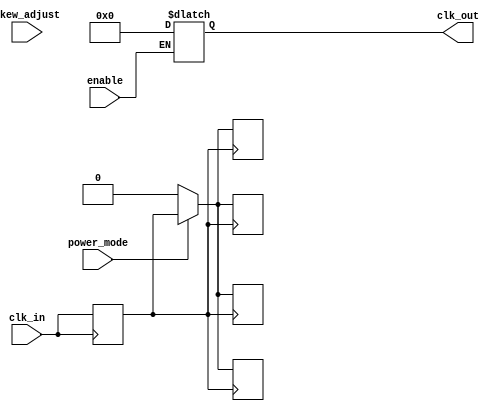
module SkewOptimizedClockBuffer (
    input wire clk_in,            // Input clock signal
    input wire enable,            // Control signal to enable the outputs
    input wire [3:0] skew_adjust, // Skew adjustment settings
    input wire power_mode,        // Power management signal
    output reg [3:0] clk_out      // Output clock signals to memory blocks
);

// Parameters
parameter NUM_OUTPUTS = 4;          // Number of output clocks
parameter DELAY_UNIT = 1;            // Delay unit in ns
parameter MAX_DELAY = 15;             // Max delay in ns (example)

// Internal signal declarations
reg [3:0] delay_elements;             // Delay elements for skew optimization
reg [3:0] clk_out_reg;                // Registered output clocks
reg clk_buffer;                       // Buffered clock signal

// Input buffering
always @(posedge clk_in) begin
    clk_buffer <= clk_in;             // Buffer the input clock
end

// Skew optimization logic
always @(*) begin
    if (enable) begin
        // Dynamically adjust delays based on skew_adjust input
        delay_elements = skew_adjust;
    end else begin
        delay_elements = 4'b0000;     // No delay if not enabled
    end
end

// Output clock generation with adjustable delays
genvar i;
generate
    for (i = 0; i < NUM_OUTPUTS; i = i + 1) begin : output_generation
        always @(posedge clk_buffer) begin
            if (power_mode) begin
                clk_out_reg[i] <= #((delay_elements[i] * DELAY_UNIT) + (i * DELAY_UNIT)) clk_buffer;
            end else begin
                clk_out_reg[i] <= 1'b0;      // Disable output in low power mode
            end
        end
    end
endgenerate

// Assign registered output clocks
always @(*) begin
    clk_out = clk_out_reg;
end

// Isolation mechanism (not implemented, placeholder for isolation circuitry)
always @(*) begin
    // Example of isolation logic based on control signals
    if (!enable) begin
        clk_out = 4'b0000; // Isolate outputs when not enabled
    end
end

endmodule